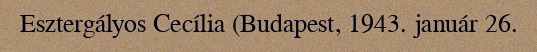
Esztergályos Cecília (Budapest, 1943. január 26.